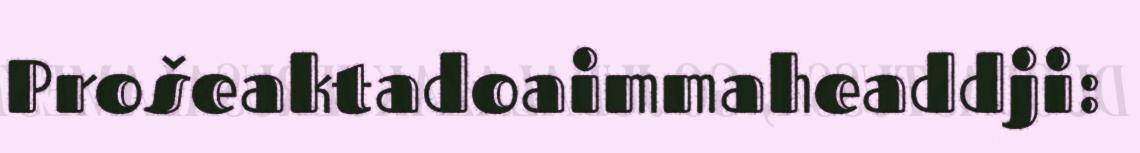
Prošeaktadoaimmaheaddji: